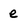
Character: e